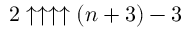
2 \uparrow \uparrow \uparrow \uparrow ( n + 3 ) - 3